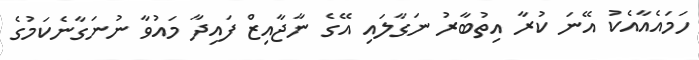
ހަމައެއާއެކު އޭނަ ކުރާ އިތުބާރު ނަގާލައި އޭގެ ނާޖާއިޒް ފައިދާ މައުވާ ނުނަގާނެކަމުގެ